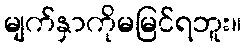
မျက်နှာကိုမမြင်ရဘူး။